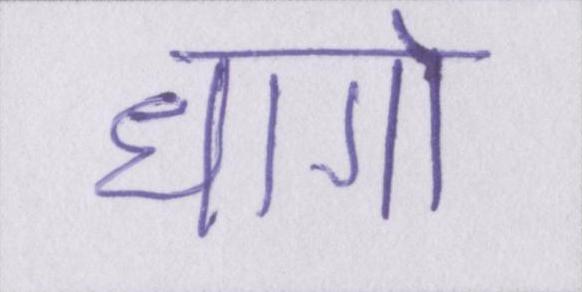
धागो